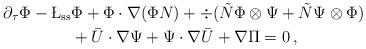
LaTeX: \begin{align*} \partial_\tau \Phi -\L_{\rm ss} &\Phi + \Phi \cdot \nabla (\Phi N) + \div ( \tilde{N} \Phi \otimes \Psi + \tilde{N} \Psi \otimes \Phi) \\ & + \bar{U} \cdot \nabla \Psi + \Psi \cdot \nabla \bar{U}+ \nabla \Pi =0\, , \end{align*}